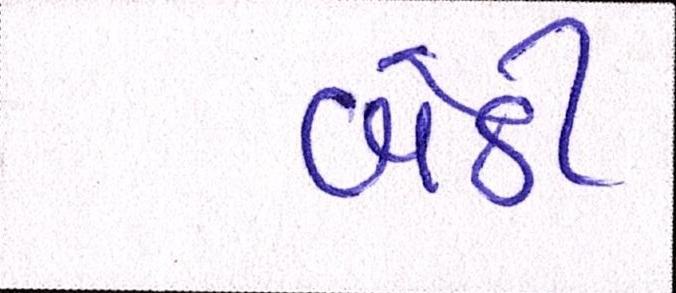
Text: બેઠી